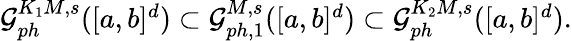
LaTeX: \begin{array}{r}{\mathcal{G}_{ph}^{K_{1}M,s}([a,b]^{d})\subset\mathcal{G}_{ph,1}^{M,s}([a,b]^{d})\subset\mathcal{G}_{ph}^{K_{2}M,s}([a,b]^{d}).}\end{array}